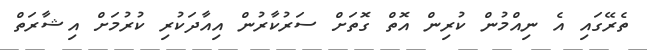
ތެރޭގައި އެ ނިއްމުން ކުރިން އޮތް ގޮތަށް ސަރުކާރުން އިއާދަކުރި ކުރުމަށް އިޝާރަތް